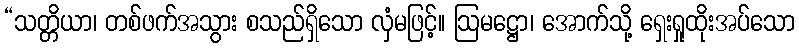
“သတ္တိယာ၊ တစ်ဖက်အသွား စသည်ရှိသော လှံမဖြင့်။ ဩမဋ္ဌော၊ အောက်သို့ ရှေးရှုထိုးအပ်သော